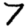
Digit: 7